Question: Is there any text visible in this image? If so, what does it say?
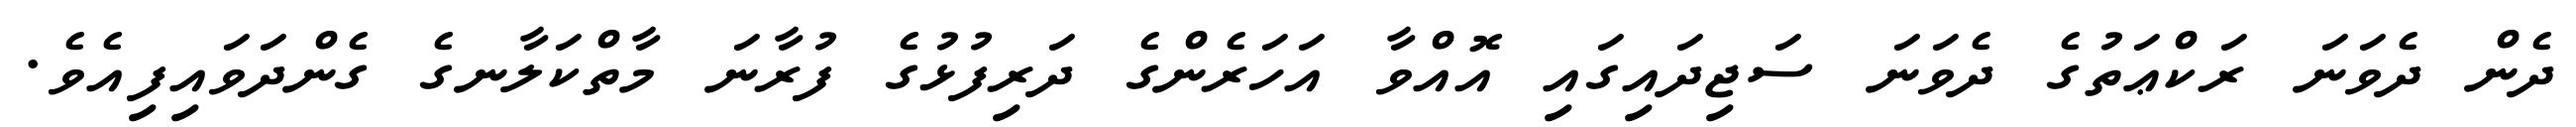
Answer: ދެން ދެވަނަ ރަކްޢަތުގެ ދެވަނަ ސަޖިދައިގައި އޮއްވާ އަހަރެންގެ ދަރިފުޅުގެ ފުރާނަ މާތްކަލާނގެ ގެންދަވައިފިއެވެ.